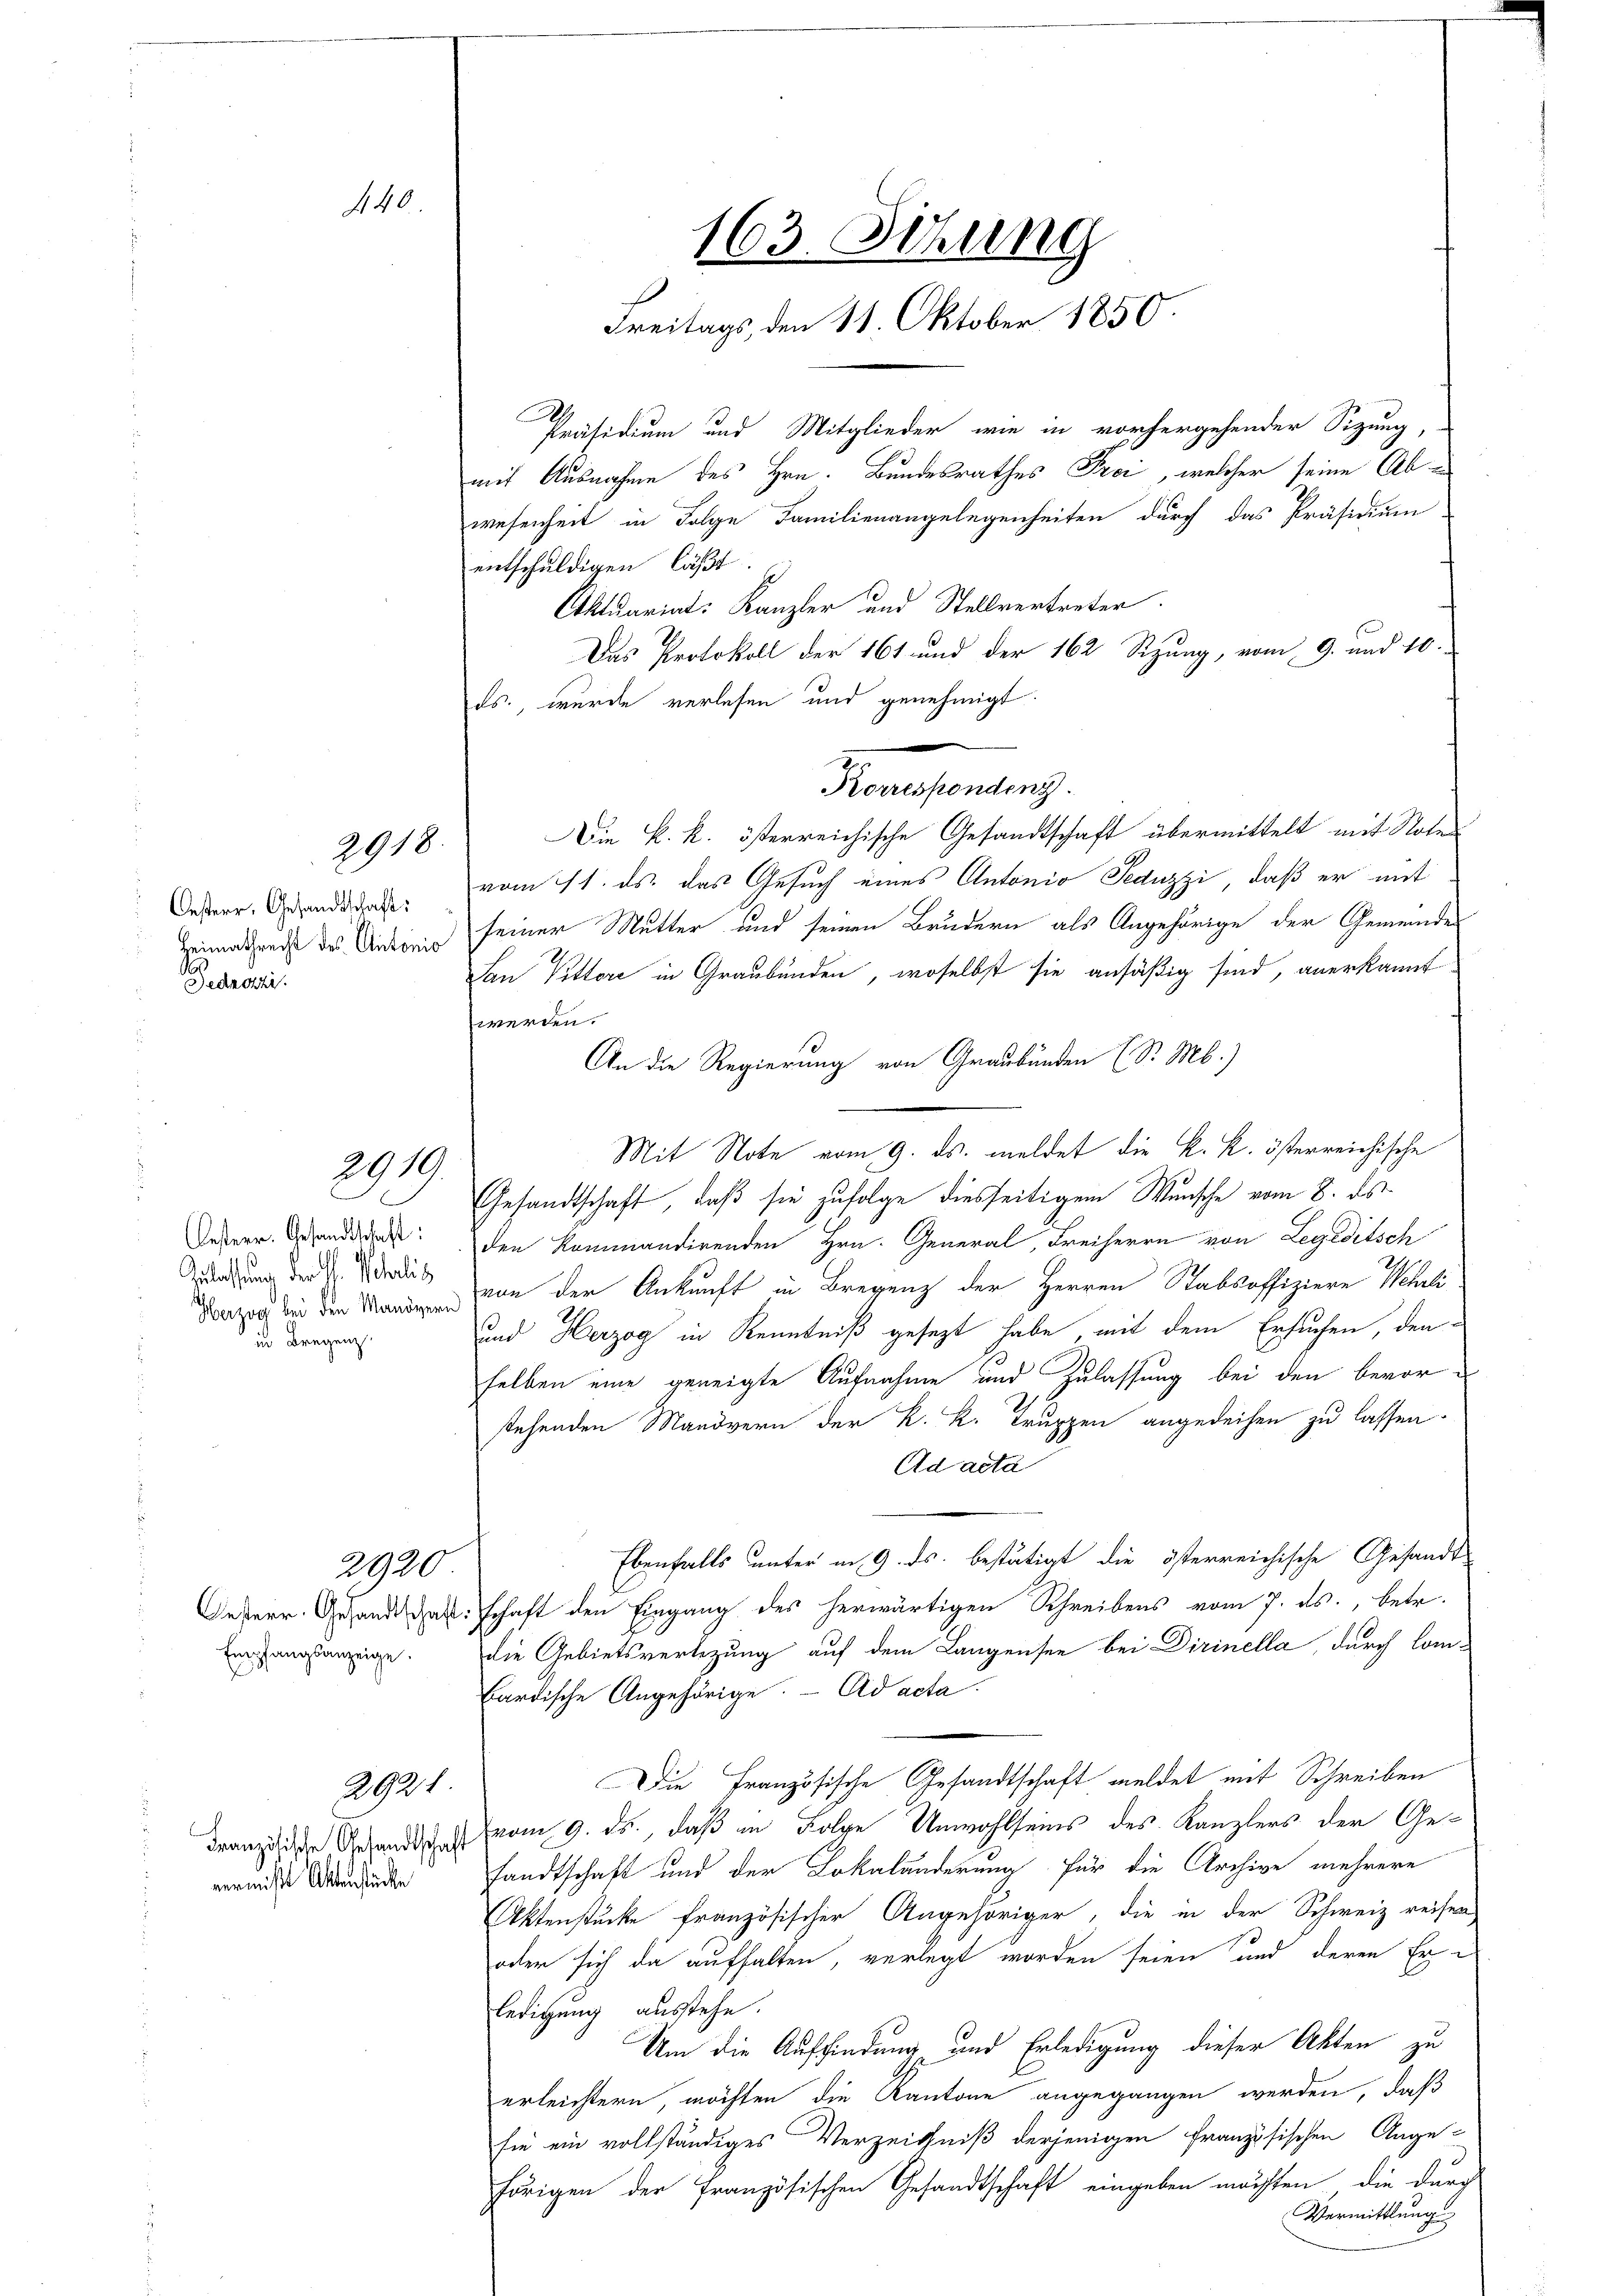
440

2918.

Oesterr, Gesandtschaft:
der
Bedacht.

2919

esterr. Gesandtschaft.
Zulassung der St. Poli
in Bregenz

Empfangsanzeige.

2920

2921

rmißt Aktenstücke

Präsidium und Mitglieder wie in vorhergehender Sitzung,
mit Ausnahme des Hrn. Bundesrathes Prei, welcher seine Abwesenheit in Folge Familienangelegenheiten durch das Präsidium
entschuldigen läßt.
Aktuariat Kanzler und Stellvertreter
Das Protokoll der 161 und der 162 Sizung, vom 9. und 10.
ds., wurde verlesen und genehmigt.
Korrespondenz.
Die k. k. österreichische Gesandtschaft übermittelt mit Noter
vom 11. ds. das Gesuch eines Antonio Seduzzi, daß er mit
Heimathende des Anderung seiner Mutter und seinen Brudern als Angehörige der Gemeindes
San Pittore in Graubünden, woselbst sie ansäßig sind, anerkannt
werden.
An die Regierung von Graubünden (S. M.)
Mit Note vom 9. ds. meldet die k. k. österreichische
Gesandtschaft, daß sie zufolge diesseitigem Wunsche vom 8. ds
den kommandirenden Hrn. General, Freiherrn von Legeditsch
Dazog bei den von der Ankunft in Bregenz der Herren Stabsoffiziere Wehrli
und Herzog in Kenntniß gesezt habe mit dem Ersuchen, den
selben eine geneigte Aufnahme und Zulassung bei den bevorstehenden Mandern der K. K. Truppen angedeihen zu lassen.
Ad acta
Ebenfalls unter in 9. ds. bestätigt die österreichische Gesandt
Deserr. Gesandt darschaft den Eingang des herwärtigen Schreibens vom 7. ds., betr.
die Gebietsvertigung auf dem Langensee bei Dirinella, durch Combardische Angehörige. Ad acta.
Die Französische Gesandtschaft meldet mit Schreiben
dranzische Gesandt vom 9. ds., daß in Folge Unwohlseins des Kanzlers der Gesandtschaft und der Lokaländerung für die Archive mehrere
Aktenstücke französischer Angehöriger, die in der Schweiz reisen
oder sich da aufhalten, verlegt worden seien und deren Er-
ledigung ausstehe.
Um die Auffindung und Erledigung dieser Akten zu
erleichtern möchten die Kantone angegangen werden, daß
sie ein vollständiges Verzeichniß derjenigen französischen Ange-
hörigen der Französischen Gesandtschaft eingeben möchten, die durch
Vermittlung

163. Sitzung
Freitags, den 11. Oktober 1850.